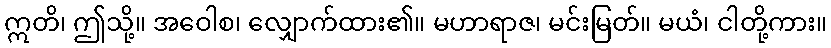
ဣတိ၊ ဤသို့။ အဝေါစ၊ လျှောက်ထား၏။ မဟာရာဇ၊ မင်းမြတ်။ မယံ၊ ငါတို့ကား။